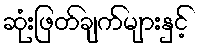
ဆုံးဖြတ်ချက်များနှင့်